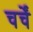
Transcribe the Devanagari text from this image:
चर्चें